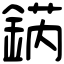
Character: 𨧨